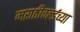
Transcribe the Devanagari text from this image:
मराठीवर्ल्डच्या